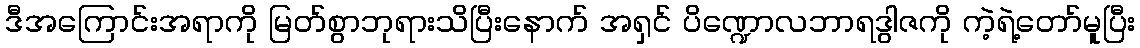
ဒီအကြောင်းအရာကို မြတ်စွာဘုရားသိပြီးနောက် အရှင် ပိဏ္ဍောလဘာရဒွါဇကို ကဲ့ရဲ့တော်မူပြီး